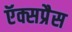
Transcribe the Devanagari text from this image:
ऍक्सप्रैस